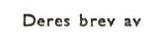
Deres brev av